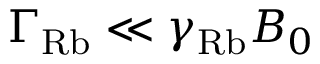
\Gamma _ { \mathrm { R b } } \ll \gamma _ { \mathrm { R b } } B _ { 0 }